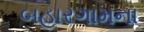
બહારગામના